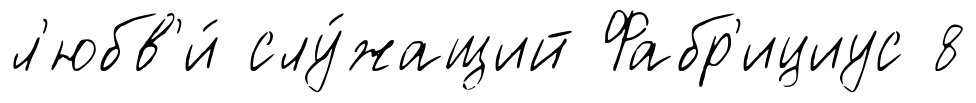
л'юбв'и́ слу́жащий Фабр'ициус 8